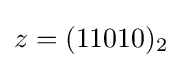
z=(11010)_{2}